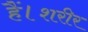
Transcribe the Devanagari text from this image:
हैं।शरीर